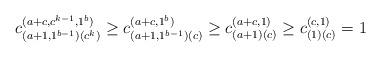
LaTeX: \begin{align*}c_{(a+1,1^{b-1})(c^k)}^{(a+c,c^{k-1},1^b)}\ge c_{(a+1,1^{b-1})(c)}^{(a+c,1^b)}\ge c_{(a+1)(c)}^{(a+c,1)}\ge c_{(1)(c)}^{(c,1)}=1\end{align*}